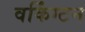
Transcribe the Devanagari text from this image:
वर्किंग्टन